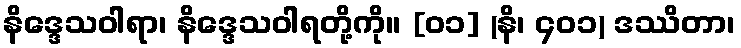
နိဒ္ဒေသဝါရာ၊ နိဒ္ဒေသဝါရတို့ကို။ [၀၁] (နိ၊ ၄၀၁) ဒဿိတာ၊